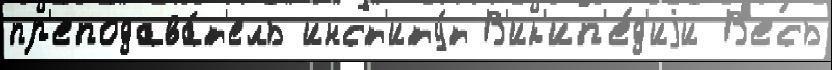
пр'еподава́т'ель инст'иту́т В'ик'ип'е́д'иjи В'есь